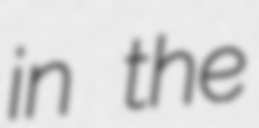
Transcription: in the